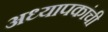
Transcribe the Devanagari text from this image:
अध्यापकांची